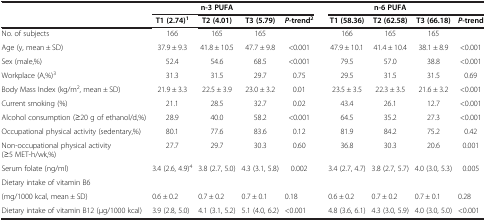
<table><thead><tr><td><b> </b></td><td><b> </b></td><td><b>n-3 PUFA</b></td><td colspan="2"><b> </b></td><td><b> </b></td><td><b>n-6 PUFA</b></td><td><b> </b></td><td><b> </b></td></tr><tr><td><b> </b></td><td><b>T1 (2.74)<sup>1</sup></b></td><td><b>T2 (4.01)</b></td><td><b>T3 (5.79)</b></td><td><b><i>P</i>-trend<sup>2</sup></b></td><td><b>T1 (58.36)</b></td><td><b>T2 (62.58)</b></td><td><b>T3 (66.18)</b></td><td><b><i>P</i>-trend</b></td></tr></thead><tbody><tr><td>No. of subjects</td><td>166</td><td>165</td><td>165</td><td> </td><td>166</td><td>165</td><td>165</td><td> </td></tr><tr><td>Age (y, mean ± SD)</td><td>37.9 ± 9.3</td><td>41.8 ± 10.5</td><td>47.7 ± 9.8</td><td>&lt;0.001</td><td>47.9 ± 10.1</td><td>41.4 ± 10.4</td><td>38.1 ± 8.9</td><td>&lt;0.001</td></tr><tr><td>Sex (male,%)</td><td>52.4</td><td>54.6</td><td>68.5</td><td>&lt;0.001</td><td>79.5</td><td>57.0</td><td>38.8</td><td>&lt;0.001</td></tr><tr><td>Workplace (A,%)<sup>3</sup></td><td>31.3</td><td>31.5</td><td>29.7</td><td>0.75</td><td>29.5</td><td>31.5</td><td>31.5</td><td>0.69</td></tr><tr><td>Body Mass Index (kg/m<sup>2</sup>, mean ± SD)</td><td>21.9 ± 3.3</td><td>22.5 ± 3.9</td><td>23.0 ± 3.2</td><td>0.01</td><td>23.5 ± 3.5</td><td>22.3 ± 3.5</td><td>21.6 ± 3.2</td><td>&lt;0.001</td></tr><tr><td>Current smoking (%)</td><td>21.1</td><td>28.5</td><td>32.7</td><td>0.02</td><td>43.4</td><td>26.1</td><td>12.7</td><td>&lt;0.001</td></tr><tr><td>Alcohol consumption (≥20 g of ethanol/d,%)</td><td>28.9</td><td>40.0</td><td>58.2</td><td>&lt;0.001</td><td>64.5</td><td>35.2</td><td>27.3</td><td>&lt;0.001</td></tr><tr><td>Occupational physical activity (sedentary,%)</td><td>80.1</td><td>77.6</td><td>83.6</td><td>0.12</td><td>81.9</td><td>84.2</td><td>75.2</td><td>0.42</td></tr><tr><td>Non-occupational physical activity (≥5 MET-h/wk,%)</td><td>27.7</td><td>29.7</td><td>30.3</td><td>0.60</td><td>36.8</td><td>30.3</td><td>20.6</td><td>0.001</td></tr><tr><td>Serum folate (ng/ml)</td><td>3.4 (2.6, 4.9)<sup>4</sup></td><td>3.8 (2.7, 5.0)</td><td>4.3 (3.1, 5.8)</td><td>0.002</td><td>3.4 (2.7, 4.7)</td><td>3.8 (2.7, 5.7)</td><td>4.0 (3.0, 5.3)</td><td>0.005</td></tr><tr><td>Dietary intake of vitamin B6</td><td> </td><td> </td><td> </td><td> </td><td> </td><td> </td><td> </td><td> </td></tr><tr><td>(mg/1000 kcal, mean ± SD)</td><td>0.6 ± 0.2</td><td>0.7 ± 0.2</td><td>0.7 ± 0.1</td><td>0.18</td><td>0.6 ± 0.2</td><td>0.7 ± 0.2</td><td>0.7 ± 0.1</td><td>0.28</td></tr><tr><td>Dietary intake of vitamin B12 (μg/1000 kcal)</td><td>3.9 (2.8, 5.0)</td><td>4.1 (3.1, 5.2)</td><td>5.1 (4.0, 6.2)</td><td>&lt;0.001</td><td>4.8 (3.6, 6.1)</td><td>4.3 (3.0, 5.9)</td><td>4.0 (3.0, 5.0)</td><td>&lt;0.001</td></tr></tbody></table>